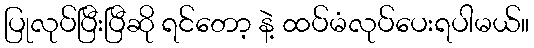
ပြုလုပ်ပြီးပြီဆို ရင်တော့ နဲ့ ထပ်မံလုပ်ပေးရပါမယ်။